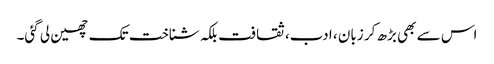
اس سے بھی بڑھ کر زبان ، ادب، ثقافت بلکہ شناخت تک چھین لی گئی۔